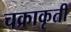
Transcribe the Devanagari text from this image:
चक्राकृती